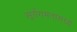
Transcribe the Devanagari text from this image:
सूर्यगमनामध्ये